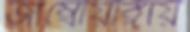
জাম্বোয়াঙ্গায়